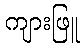
ကျားဖြူ